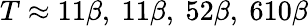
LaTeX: T\approx 11\beta,\ 11\beta,\ 52\beta,\ 610\beta